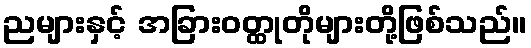
ညများနှင့် အခြားဝတ္ထုတိုများတို့ဖြစ်သည်။